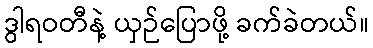
ဒွါရဝတီနဲ့ ယှဉ်ပြောဖို့ ခက်ခဲတယ်။